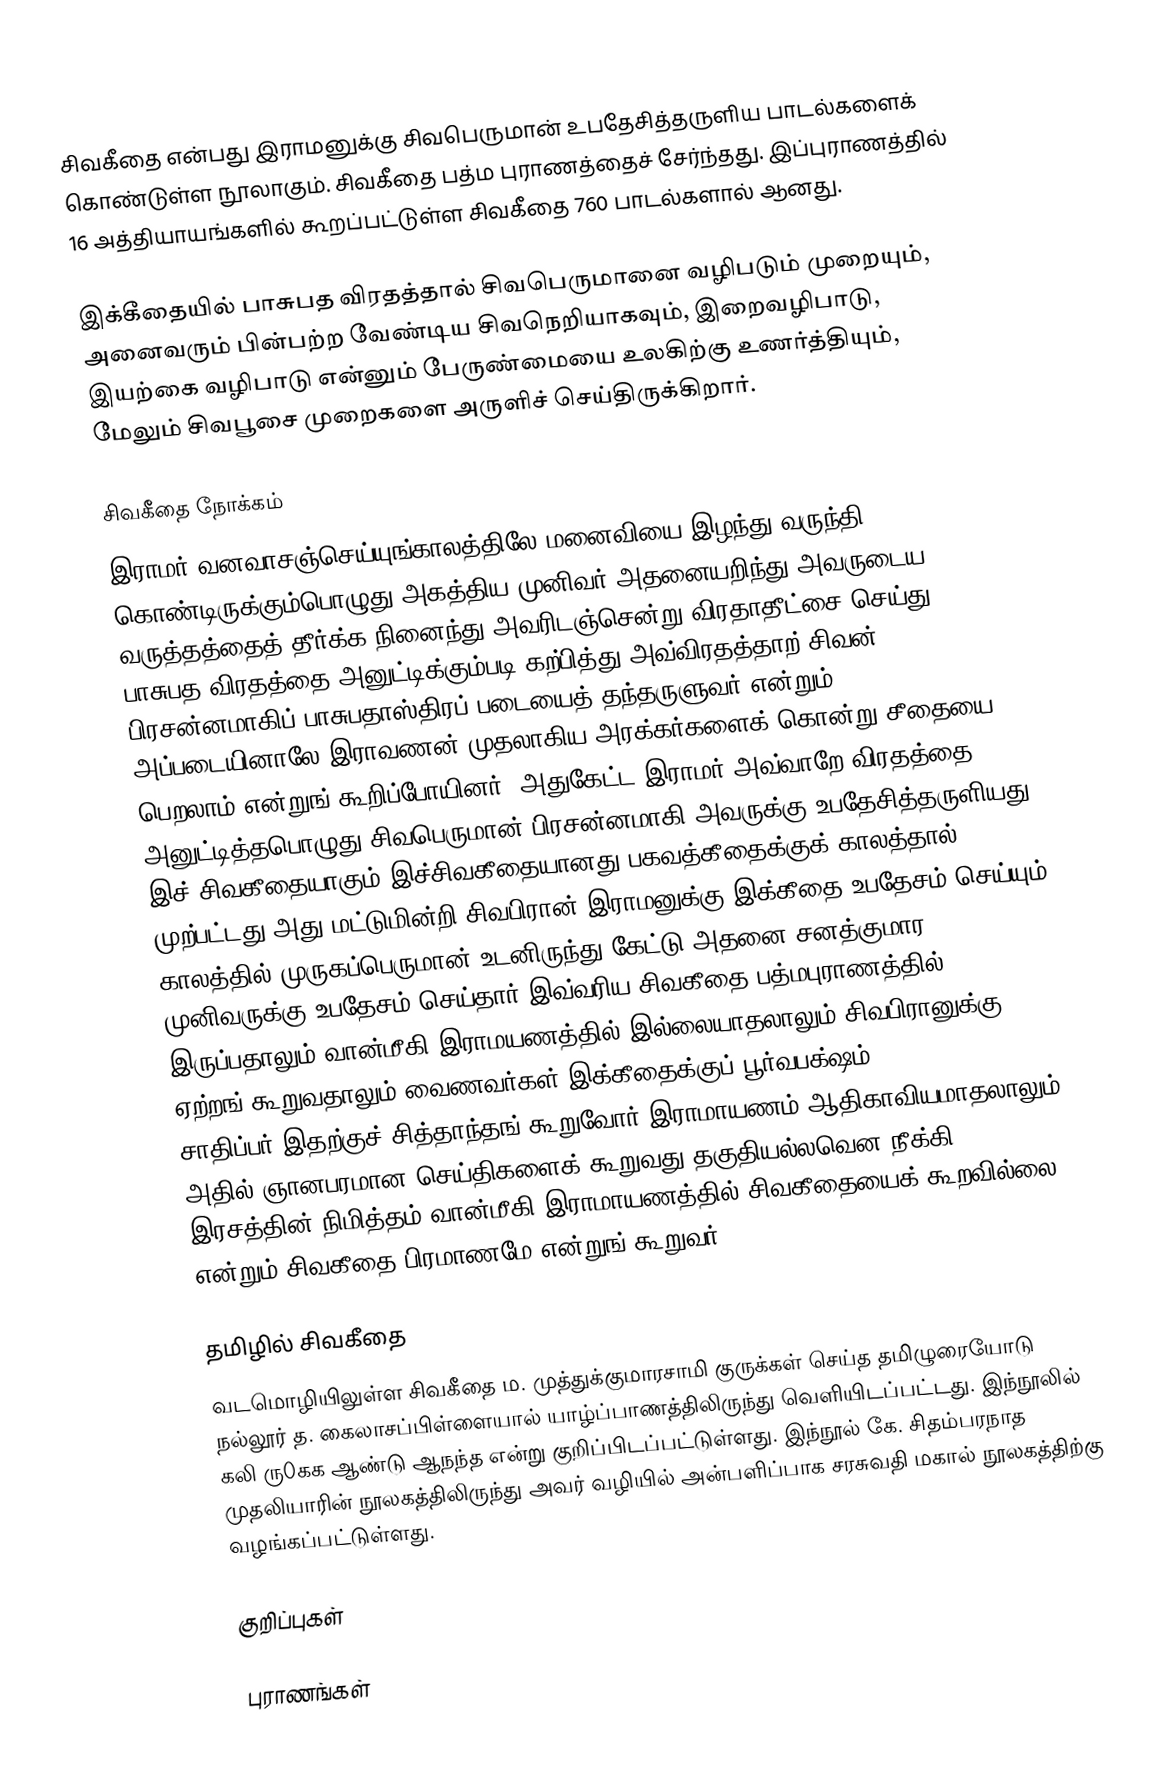
சிவகீதை என்பது இராமனுக்கு சிவபெருமான் உபதேசித்தருளிய பாடல்களைக் கொண்டுள்ள நூலாகும். சிவகீதை பத்ம புராணத்தைச் சேர்ந்தது. இப்புராணத்தில் 16 அத்தியாயங்களில் கூறப்பட்டுள்ள சிவகீதை 760 பாடல்களால் ஆனது.

இக்கீதையில் பாசுபத விரதத்தால் சிவபெருமானை வழிபடும் முறையும், அனைவரும் பின்பற்ற வேண்டிய சிவநெறியாகவும், இறைவழிபாடு, இயற்கை வழிபாடு என்னும் பேருண்மையை உலகிற்கு உணர்த்தியும், மேலும் சிவபூசை முறைகளை அருளிச் செய்திருக்கிறார்.

சிவகீதை நோக்கம்
இராமர் வனவாசஞ்செய்யுங்காலத்திலே மனைவியை இழந்து வருந்தி கொண்டிருக்கும்பொழுது அகத்திய முனிவர் அதனையறிந்து அவருடைய வருத்தத்தைத் தீர்க்க நினைந்து அவரிடஞ்சென்று விரதாதீட்சை செய்து பாசுபத விரதத்தை அனுட்டிக்கும்படி கற்பித்து அவ்விரதத்தாற் சிவன் பிரசன்னமாகிப் பாசுபதாஸ்திரப் படையைத் தந்தருளுவர் என்றும் அப்படையினாலே இராவணன் முதலாகிய அரக்கர்களைக் கொன்று சீதையை பெறலாம் என்றுங் கூறிப்போயினர். அதுகேட்ட இராமர் அவ்வாறே விரதத்தை அனுட்டித்தபொழுது சிவபெருமான் பிரசன்னமாகி அவருக்கு உபதேசித்தருளியது இச் சிவகீதையாகும்.இச்சிவகீதையானது பகவத்கீதைக்குக் காலத்தால் முற்பட்டது.அது மட்டுமின்றி சிவபிரான் இராமனுக்கு இக்கீதை உபதேசம் செய்யும் காலத்தில் முருகப்பெருமான் உடனிருந்து கேட்டு அதனை சனத்குமார முனிவருக்கு உபதேசம் செய்தார்.இவ்வரிய சிவகீதை பத்மபுராணத்தில் இருப்பதாலும் வான்மீகி இராமயணத்தில் இல்லையாதலாலும் சிவபிரானுக்கு ஏற்றங் கூறுவதாலும் வைணவர்கள் இக்கீதைக்குப் பூர்வபக்ஷம் சாதிப்பர்.இதற்குச் சித்தாந்தங் கூறுவோர் இராமாயணம் ஆதிகாவியமாதலாலும் அதில் ஞானபரமான செய்திகளைக் கூறுவது தகுதியல்லவென நீக்கி இரசத்தின் நிமித்தம் வான்மீகி இராமாயணத்தில் சிவகீதையைக் கூறவில்லை என்றும் சிவகீதை பிரமாணமே என்றுங் கூறுவர்.

தமிழில் சிவகீதை
வடமொழியிலுள்ள சிவகீதை ம. முத்துக்குமாரசாமி குருக்கள் செய்த தமிழுரையோடு நல்லூர் த. கைலாசப்பிள்ளையால் யாழ்ப்பாணத்திலிருந்து வெளியிடப்பட்டது. இந்நூலில் கலி ரு0கக ஆண்டு ஆநந்த என்று குறிப்பிடப்பட்டுள்ளது. இந்நூல் கே. சிதம்பரநாத முதலியாரின் நூலகத்திலிருந்து அவர் வழியில் அன்பளிப்பாக சரசுவதி மகால் நூலகத்திற்கு வழங்கப்பட்டுள்ளது.

குறிப்புகள்

புராணங்கள்